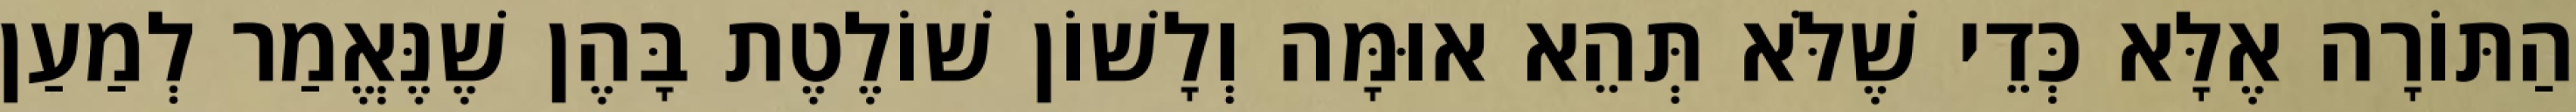
הַתּוֹרָה אֶלָּא כְּדֵי שֶׁלֹּא תְּהֵא אוּמָּה וְלָשׁוֹן שׁוֹלֶטֶת בָּהֶן שֶׁנֶּאֱמַר לְמַעַן